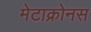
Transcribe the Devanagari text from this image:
मेटाक्रोनस